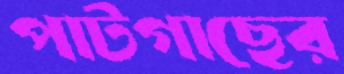
পাটগাছের